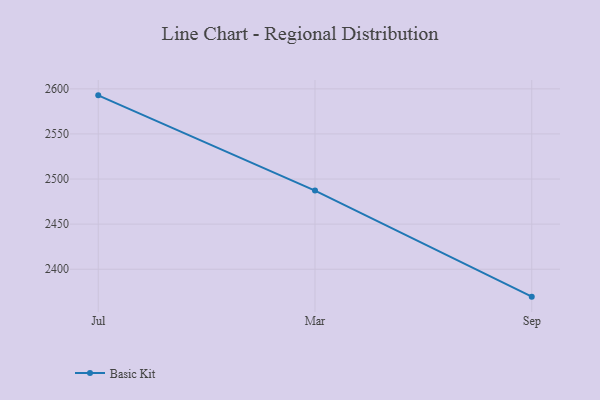
{"axis": {"x": "Month", "y": "Demand Index"}, "legend": ["Basic Kit"], "data": [{"x": "Jul", "y": 2592.8, "type": "Basic Kit"}, {"x": "Mar", "y": 2487.2, "type": "Basic Kit"}, {"x": "Sep", "y": 2369.6, "type": "Basic Kit"}]}